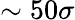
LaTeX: \sim 50\sigma